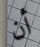
أن